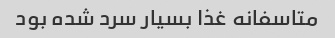
متاسفانه غذا بسیار سرد شده بود